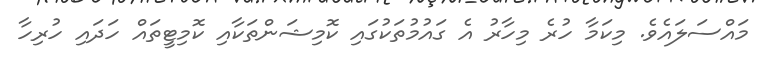
މައްސަލައެވެ. މިކަމާ ހުރެ މިހާރު އެ ގައުމުތަކުގައި ކޮމިޝަންތަކާއި ކޮމިޓީތައް ހަދައި ހުރިހާ